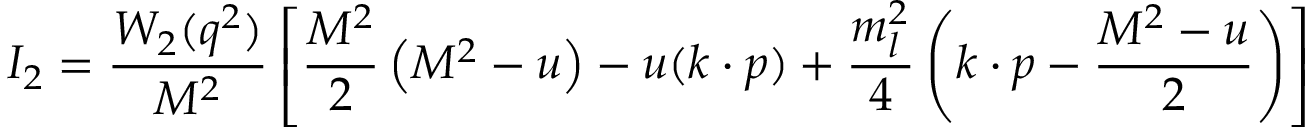
{ \cal I } _ { 2 } = \frac { W _ { 2 } ( q ^ { 2 } ) } { M ^ { 2 } } \left[ \frac { M ^ { 2 } } { 2 } \left( M ^ { 2 } - u \right) - u ( k \cdot p ) + \frac { m _ { l } ^ { 2 } } { 4 } \left( k \cdot p - \frac { M ^ { 2 } - u } { 2 } \right) \right]